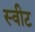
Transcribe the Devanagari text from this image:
स्‍वीट